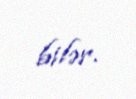
bilər.